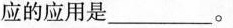
应的应用是___。